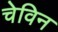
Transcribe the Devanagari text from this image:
चेविन